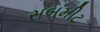
સબમીટ